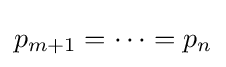
p_{m+1}=\cdots =p_{n}